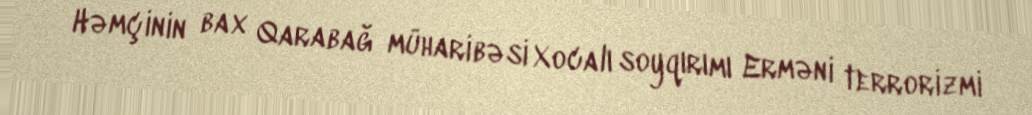
Həmçinin bax Qarabağ müharibəsi Xocalı soyqırımı Erməni terrorizmi